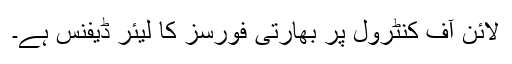
لائن آف کنٹرول پر بھارتی فورسز کا لیئر ڈیفنس ہے۔